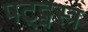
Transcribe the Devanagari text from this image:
पट्ट्वस्त्र